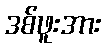
ဒစ်ဖူးအား